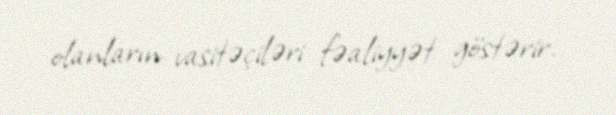
olanların vasitəçiləri fəaliyyət göstərir.